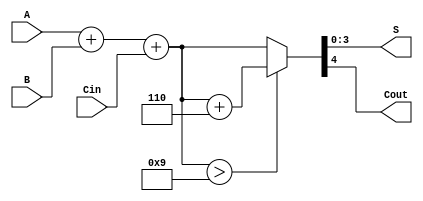
module BCD_Ripple_Carry_Adder (
    input [3:0] A,      // First BCD digit
    input [3:0] B,      // Second BCD digit
    input Cin,          // Carry-in
    output [3:0] S,     // BCD sum output
    output Cout         // Carry-out
);

    wire [4:0] sum;     // 5-bit sum to accommodate carry
    wire [4:0] corrected_sum; // Corrected sum after BCD adjustment
    wire correction;     // Correction signal

    // Full Adder for each bit
    assign sum = A + B + Cin;

    // Check if the sum is greater than 9 (1001 in binary)
    assign correction = sum > 5'b01001;

    // BCD correction logic: if correction is needed, add 6 (0110)
    assign corrected_sum = correction ? (sum + 5'b00110) : sum;

    // Assign outputs
    assign S = corrected_sum[3:0]; // BCD result (lower 4 bits)
    assign Cout = corrected_sum[4]; // Carry-out (5th bit)

endmodule